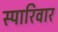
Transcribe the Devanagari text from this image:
स्पारिवार